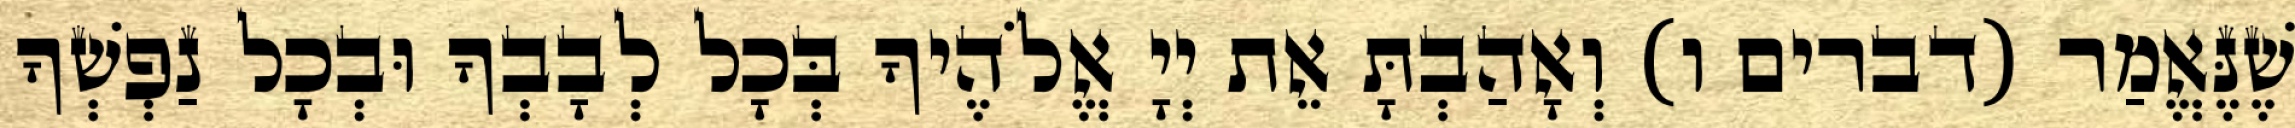
שֶׁנֶּאֱמַר (דברים ו) וְאָהַבְתָּ אֵת יְיָ אֱלֹהֶיךָ בְּכָל לְבָבְךָ וּבְכָל נַפְשְׁךָ